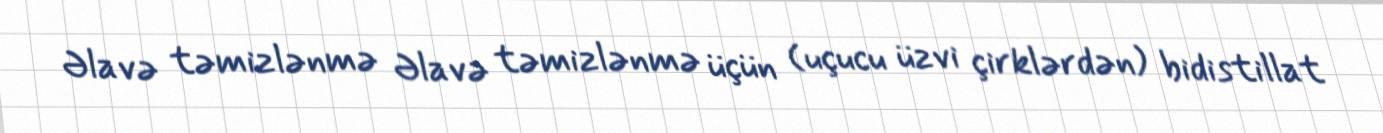
Əlavə təmizlənmə Əlavə təmizlənmə üçün (uçucu üzvi çirklərdən) bidistillat